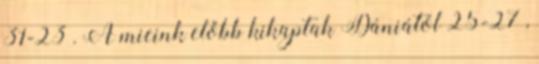
31-23 . A mieink előbb kikaptak Dániától 25-27 ,